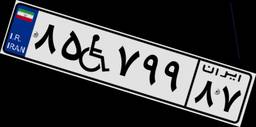
۸۵W۷۹۹۸۷